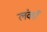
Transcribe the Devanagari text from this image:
लंकाँ